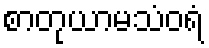
စာတုယာမသံဝရံ